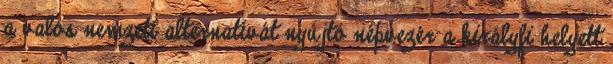
a valós nem­zeti alternatívát nyújtó népvezér a királyfi helyett